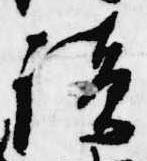
読